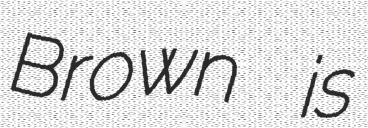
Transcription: Brown is